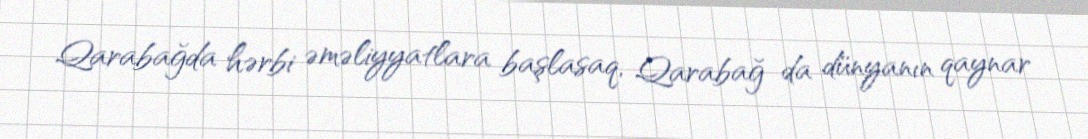
Qarabağda hərbi əməliyyatlara başlasaq, Qarabağ da dünyanın qaynar